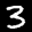
Label: 3